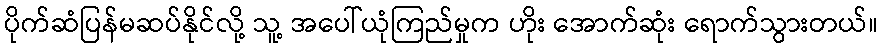
ပိုက်ဆံပြန်မဆပ်နိုင်လို့ သူ့ အပေါ်ယုံကြည်မှုက ဟိုး အောက်ဆုံး ရောက်သွားတယ်။